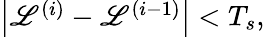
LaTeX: \begin{array}{r}{\left|\mathscr{L}^{(i)}-\mathscr{L}^{(i-1)}\right|<T_{s},}\end{array}